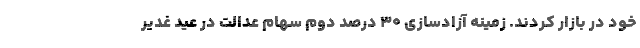
خود در بازار کردند. زمینه آزادسازی ۳۰ درصد دوم سهام عدالت در عید غدیر